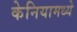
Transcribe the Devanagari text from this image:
केनियामध्ये